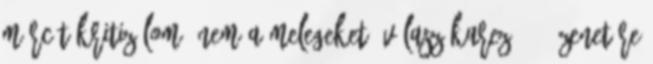
mércét kritizálom, nem a melegeket. Válasz Karez #14 üzenetére